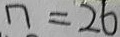
n = 2 6